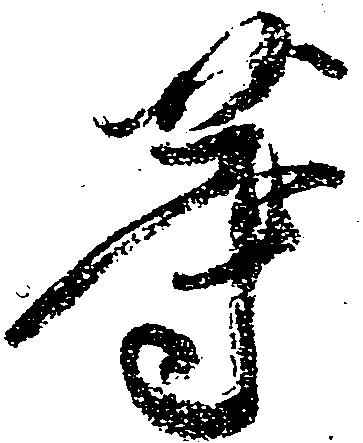
等